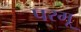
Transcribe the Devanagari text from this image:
परमू